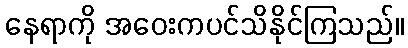
နေရာကို အဝေးကပင်သိနိုင်ကြသည်။